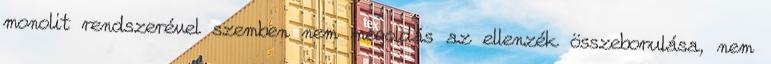
monolit rendszerével szemben nem megoldás az ellenzék összeborulása, nem